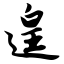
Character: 遑